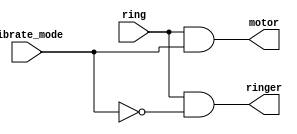
/*
Suppose you are designing a circuit to control a cellphone's ringer and vibration motor.
Whenever the phone needs to ring from an incoming call (input ring),
your circuit must either turn on the ringer (output ringer = 1) or the motor (output motor = 1), but not both.
If the phone is in vibrate mode (input vibrate_mode = 1), turn on the motor.
Otherwise, turn on the ringer.

Try to use only assign statements, to see whether you can translate a problem description into a collection of logic gates.

Design hint:
When designing circuits, one often has to think of the problem "backwards", starting from the outputs then working backwards towards the inputs.
This is often the opposite of how one would think about a (sequential, imperative) programming problem, where one would look at the inputs first
then decide on an action (or output). For sequential programs, one would often think "If (inputs are ___ ) then (output should be ___ )".
On the other hand, hardware designers often think "The (output should be ___ ) when (inputs are ___ )".

The above problem description is written in an imperative form suitable for software programming
(if ring then do this), so you must convert it to a more declarative form suitable for hardware
implementation (assign ringer = ___). Being able to think in, and translate between, both styles
is one of the most important skills needed for hardware design.
*/

module top_module (
    input ring,
    input vibrate_mode,
    output ringer,       // Make sound
    output motor         // Vibrate
);
    
    assign ringer = ring & ~vibrate_mode;
    assign motor = ring & vibrate_mode;

endmodule